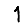
Digit: 1